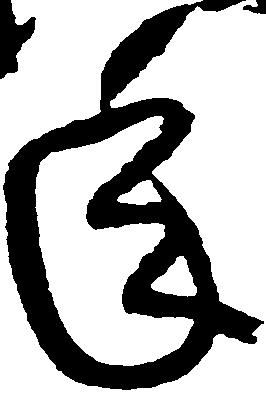
年